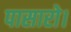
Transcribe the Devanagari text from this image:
पासारो।